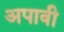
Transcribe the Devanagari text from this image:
अपावी